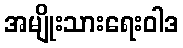
အမျိုးသားရေးဝါဒ